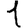
Digit: 1